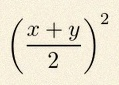
\left(\frac{x+y}{2}\right)^2